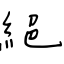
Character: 絕